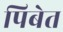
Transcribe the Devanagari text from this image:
पिबेत